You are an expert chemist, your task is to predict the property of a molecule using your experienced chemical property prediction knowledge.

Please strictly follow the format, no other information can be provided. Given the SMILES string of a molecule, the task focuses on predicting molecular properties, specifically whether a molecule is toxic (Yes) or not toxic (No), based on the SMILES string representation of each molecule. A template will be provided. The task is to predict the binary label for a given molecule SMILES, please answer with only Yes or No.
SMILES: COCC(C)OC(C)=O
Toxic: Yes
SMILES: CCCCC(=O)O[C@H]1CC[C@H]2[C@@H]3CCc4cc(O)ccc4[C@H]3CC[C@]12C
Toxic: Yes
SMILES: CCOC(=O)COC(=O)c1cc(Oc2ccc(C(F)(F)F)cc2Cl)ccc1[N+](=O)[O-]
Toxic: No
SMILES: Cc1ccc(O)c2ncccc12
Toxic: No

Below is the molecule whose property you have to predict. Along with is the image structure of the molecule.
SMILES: NNC(=O)c1ccncc1
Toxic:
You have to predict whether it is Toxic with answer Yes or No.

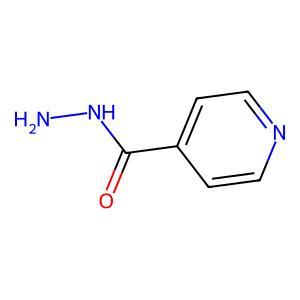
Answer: No